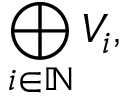
\bigoplus _ { i \in \mathbb { N } } V _ { i } ,